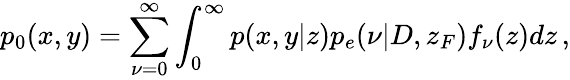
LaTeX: p_{0}(x,y)=\sum_{\nu=0}^{\infty}\int_{0}^{\infty}p(x,y|z)p_{e}(\nu|D,z_{F})f_{\nu}(z)dz\, ,